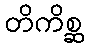
တိကိစ္ဆ